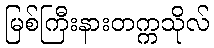
မြစ်ကြီးနားတက္ကသိုလ်